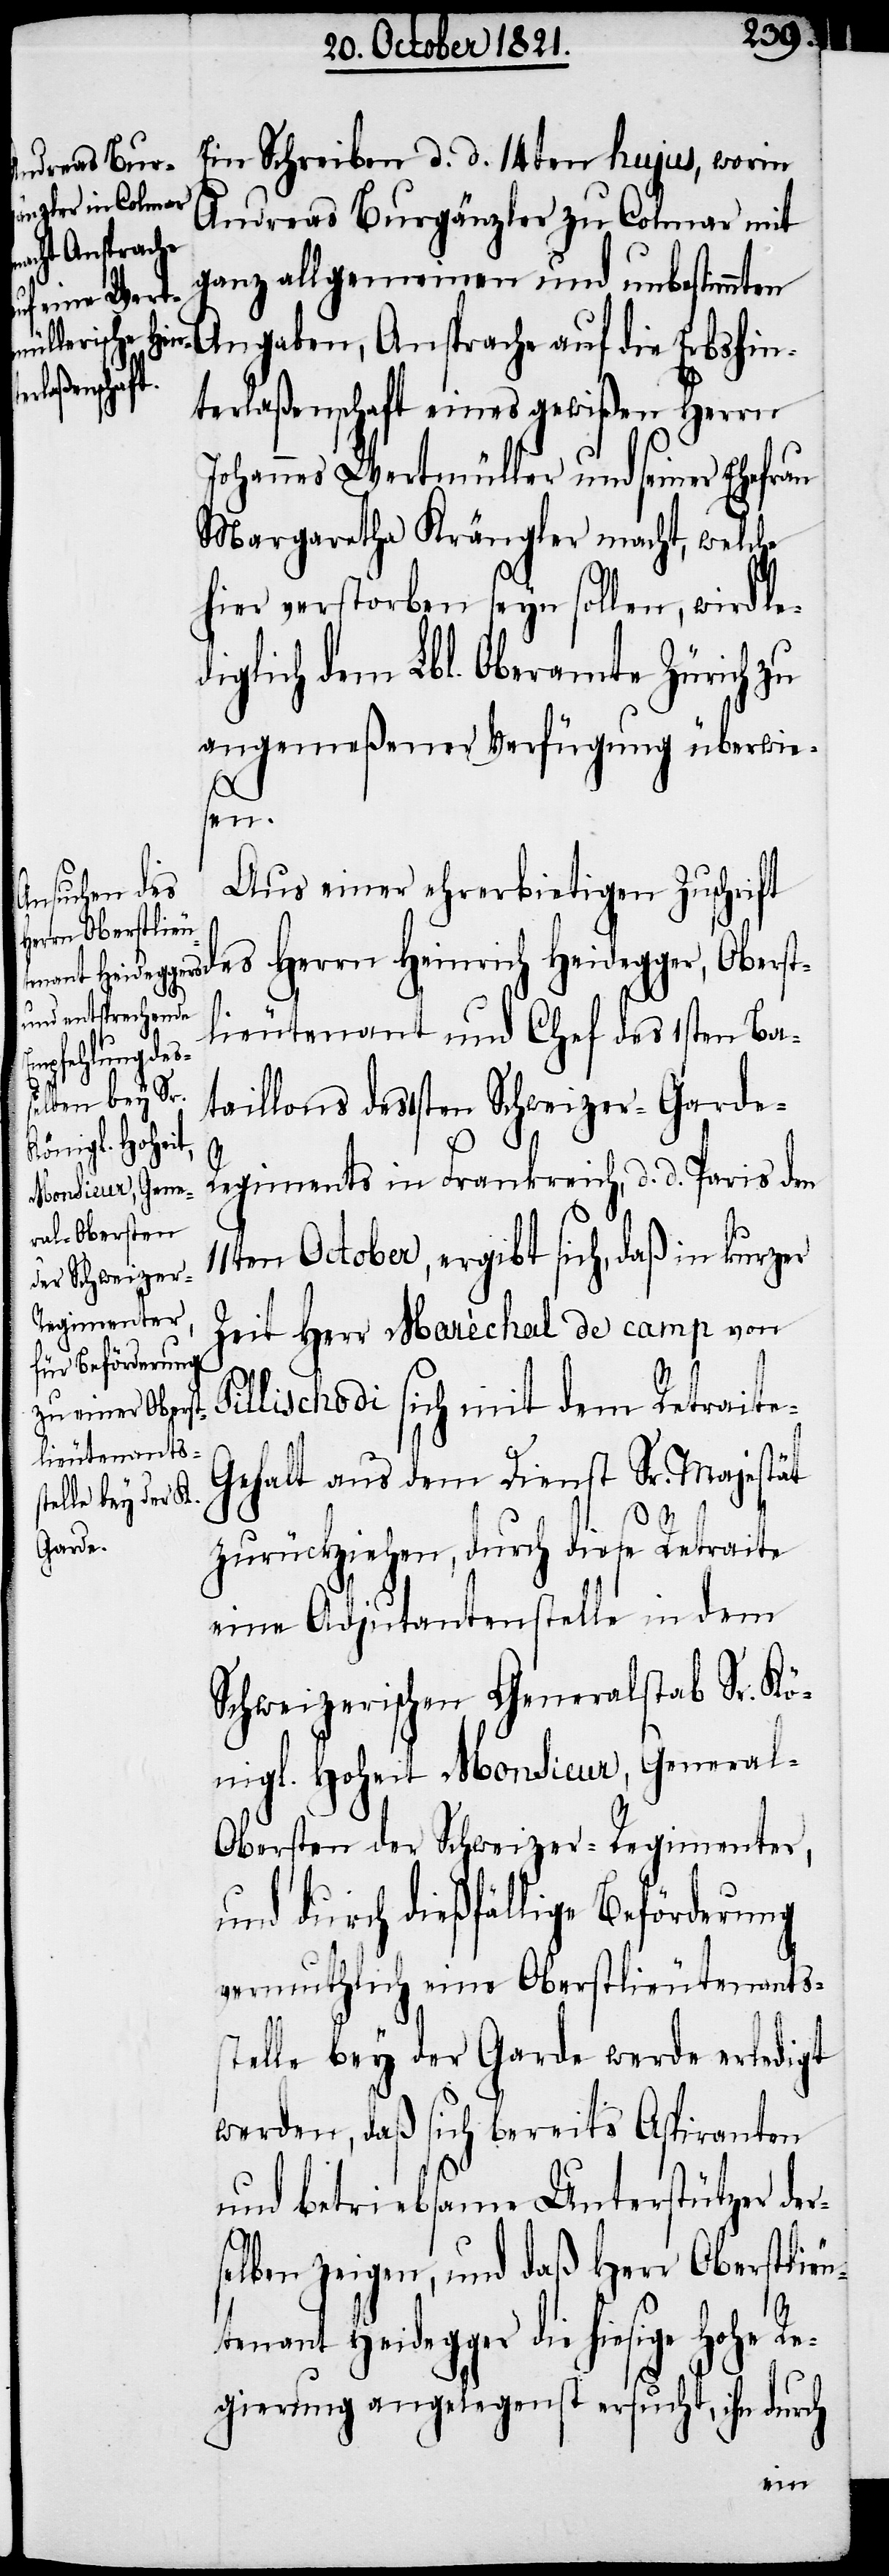
Ein Schreiben d. d. 14ten hujus, worin
Andreas Burgänzler zu Colmar mit
ganz allgemeinen und unbestimmten
Angaben, Ansprache auf die Erbshin¬
terlaßenschaft eines gewißen Herrn
Johannes Wertmüller und seiner Ehefrau
Margaretha Krängler macht, welche
hier verstorben seyn sollen, wird le¬
diglich dem Lbl. Oberamte Zürich zu
angemeßener Verfügung überwie¬
e-G¬
Aus einer ehrerbietigen Zuschrift
des Herrn Heinrich Heidegger, Oberst¬
lieutenant und Chef des 1sten Ba¬
taillons des 1sten Schweizer-Garde-R¬
egiments in Frankreich, d. d. Paris den
11ten October, ergibt sich, daß in kurzer
Zeit Herr Maréchal de camp von
llischodi sich mit dem Retrait¬
lieutenant
ehalt aus dem Dienst Sr. Majestät
zurückziehen, durch diese Retraite
eine Adjutantenstelle in dem
Schweizerischen Generalstab Sr. Kö¬
nigl. Hoheit Monsieur, Genera¬
l-Obersten der Schweizer-Regimenter,
und durch dießfällige Beförderung
vermuthlich eine Oberstlieutenants¬
stelle bey der Garde werde erledigt
werden, daß sich bereits Aspiranten
und betriebsame Unterstützer der¬
selben zeigen, und daß Herr Oberst¬
Heidegger die hiesige hohe R¬
egierung angelegenst ersucht, ihn durch